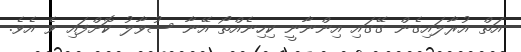
އަތް އުރާލައިގެން ގޭގައި އިންނާނީ ކިހިނެއްތޯ އޭނާ ސުވާލު ކޮށްފައި ވެ އެވެ.